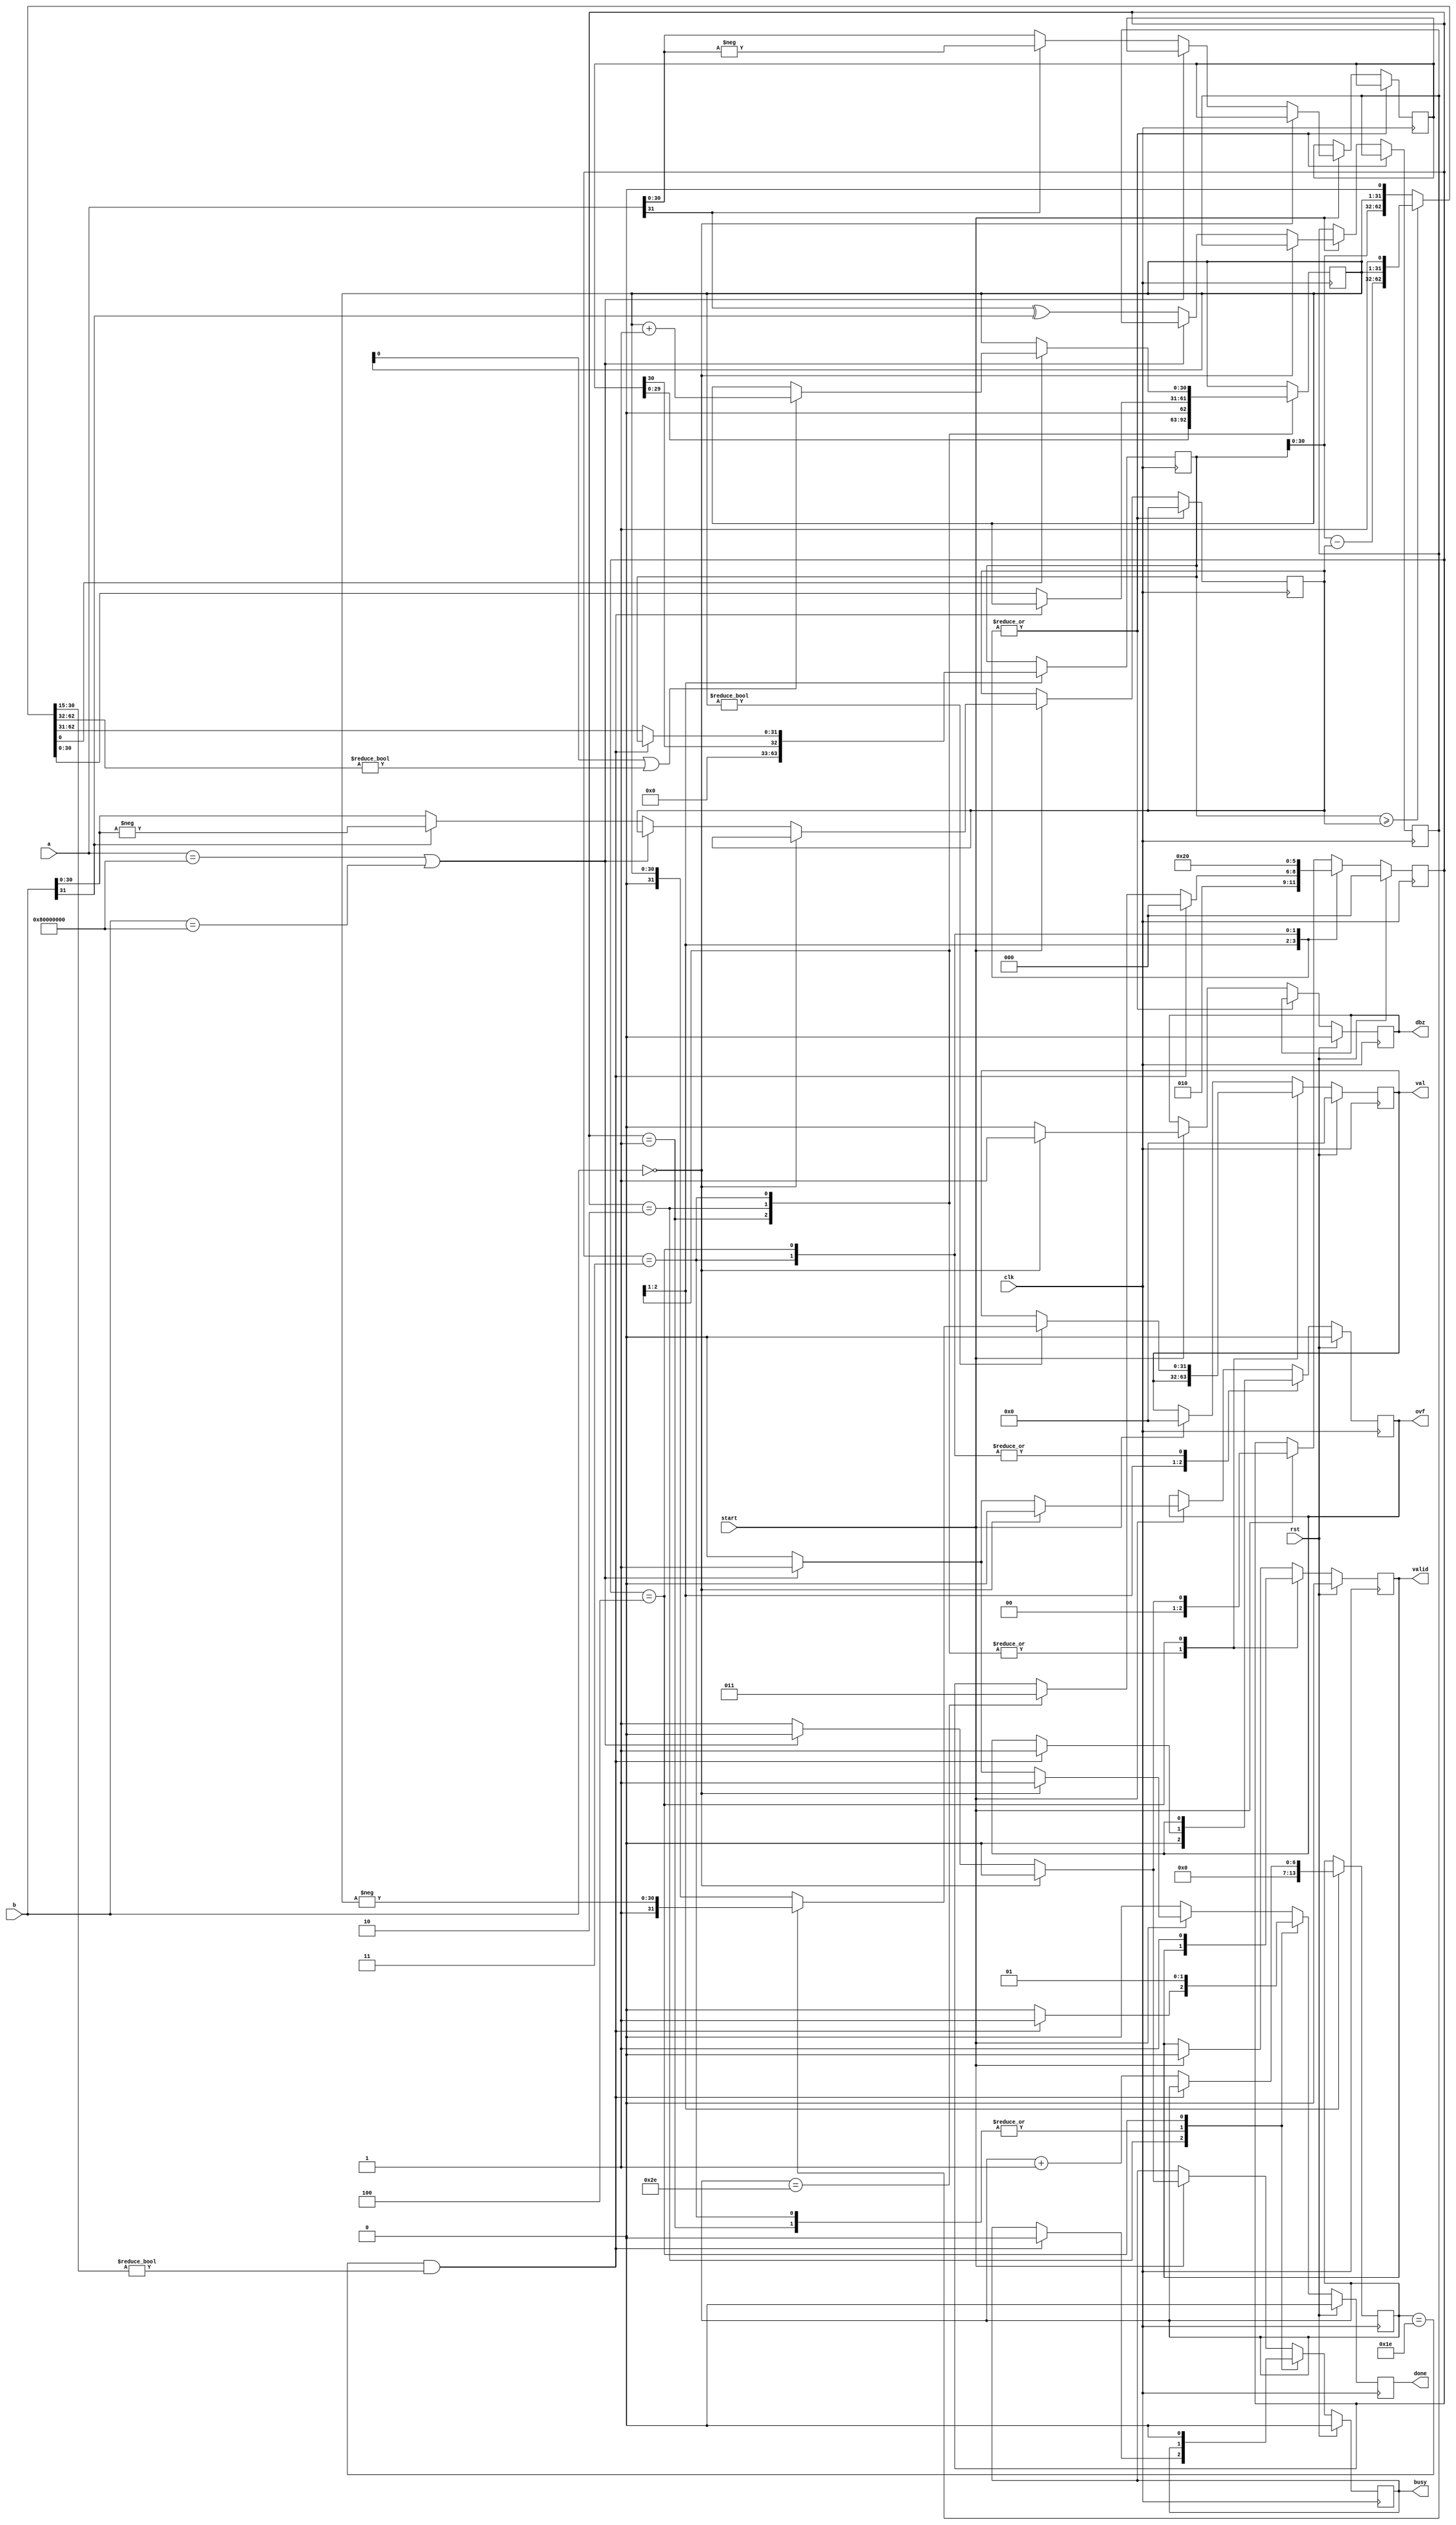
// Project F Library - Division: Signed Fixed-Point with Gaussian Rounding
// (C)2023 Will Green, Open source hardware released under the MIT License
// Learn more at https://projectf.io/verilog-lib/
`timescale 1ns / 1ps

module div #(
    parameter WIDTH=32,  // width of numbers in bits (integer and fractional)
    parameter FBITS=16   // fractional bits within WIDTH
    ) (
    input clk,                  // clock
    input rst,                  // reset
    input start,                // start calculation
    output reg busy,            // calculation in progress
    output reg done,            // calculation is complete (high for one tick)
    output reg valid,           // result is valid
    output reg dbz,             // divide by zero
    output reg ovf,             // overflow
    input signed [WIDTH-1:0] a,   // dividend (numerator)
    input signed [WIDTH-1:0] b,   // divisor (denominator)
    output reg signed [WIDTH-1:0] val  // result value: quotient
    );

    localparam WIDTHU = WIDTH - 1;                 // unsigned widths are 1 bit narrower
    localparam FBITSW = (FBITS == 0) ? 1 : FBITS;  // avoid negative vector width when FBITS=0
    localparam SMALLEST = {1'b1, {WIDTHU{1'b0}}};  // smallest negative number

    localparam ITER = WIDTHU + FBITS;  // iteration count: unsigned input width + fractional bits
    reg [$clog2(ITER):0] i;          // iteration counter (allow ITER+1 iterations for rounding)

    reg a_sig, b_sig, sig_diff;      // signs of inputs and whether different
    reg [WIDTHU-1:0] au, bu;         // absolute version of inputs (unsigned)
    reg [WIDTHU-1:0] quo, quo_next;  // intermediate quotients (unsigned)
    reg [WIDTHU:0] acc, acc_next;    // accumulator (unsigned but 1 bit wider)

    // input signs
    always @(*) begin
        a_sig = a[WIDTH-1+:1];
        b_sig = b[WIDTH-1+:1];
    end

    // division algorithm iteration
    always @(*) begin
        if (acc >= {1'b0, bu}) begin
            acc_next = acc - bu;
            {acc_next, quo_next} = {acc_next[WIDTHU-1:0], quo, 1'b1};
        end else begin
            {acc_next, quo_next} = {acc, quo} << 1;
        end
    end

    // calculation state machine
    reg [2:0] state;
    localparam IDLE = 0;
    localparam INIT = 1;
    localparam CALC = 2;
    localparam ROUND = 3;
    localparam SIGN = 4;
    // enum cant syn to ASIC
    //enum {IDLE, INIT, CALC, ROUND, SIGN} state; 
    always @(posedge clk) begin
        done <= 0;
        case (state)
            INIT: begin
                state <= CALC;
                ovf <= 0;
                i <= 0;
                {acc, quo} <= {{WIDTHU{1'b0}}, au, 1'b0};  // initialize calculation
            end
            CALC: begin
                if (i == WIDTHU-1 && quo_next[WIDTHU-1:WIDTHU-FBITSW] != 0) begin  // overflow
                    state <= IDLE;
                    busy <= 0;
                    done <= 1;
                    ovf <= 1;
                end else begin
                    if (i == ITER-1) state <= ROUND;  // calculation complete after next iteration
                    i <= i + 1;
                    acc <= acc_next;
                    quo <= quo_next;
                end
            end
            ROUND: begin  // Gaussian rounding
                state <= SIGN;
                if (quo_next[0] == 1'b1) begin  // next digit is 1, so consider rounding
                    // round up if quotient is odd or remainder is non-zero
                    if (quo[0] == 1'b1 || acc_next[WIDTHU:1] != 0) quo <= quo + 1;
                end
            end
            SIGN: begin  // adjust quotient sign if non-zero and input signs differ
                state <= IDLE;
                if (quo != 0) val <= (sig_diff) ? {1'b1, -quo} : {1'b0, quo};
                busy <= 0;
                done <= 1;
                valid <= 1;
            end
            default: begin  // IDLE
                if (start) begin
                    valid <= 0;
                    val <= 0;
                    if (b == 0) begin  // divide by zero
                        state <= IDLE;
                        busy <= 0;
                        done <= 1;
                        dbz <= 1;
                        ovf <= 0;
                    end else if (a == SMALLEST || b == SMALLEST) begin  // overflow
                        state <= IDLE;
                        busy <= 0;
                        done <= 1;
                        dbz <= 0;
                        ovf <= 1;
                    end else begin
                        state <= INIT;
                        au <= (a_sig) ? -a[WIDTHU-1:0] : a[WIDTHU-1:0];  // register abs(a)
                        bu <= (b_sig) ? -b[WIDTHU-1:0] : b[WIDTHU-1:0];  // register abs(b)
                        sig_diff <= (a_sig ^ b_sig);  // register input sign difference
                        busy <= 1;
                        dbz <= 0;
                        ovf <= 0;
                    end
                end
            end
        endcase
        if (rst) begin
            state <= IDLE;
            busy <= 0;
            done <= 0;
            valid <= 0;
            dbz <= 0;
            ovf <= 0;
            val <= 0;
        end
    end
endmodule